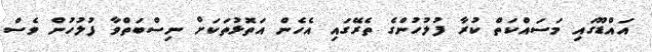
އައްޑޫގައި މަސައްކަތް ކުރާ ފުލުހުންގެ ތެރޭގައި އެހެން އަތޮޅުތަކަށް ނިސްބަތްވާ ފުލުހުން ވެސް